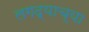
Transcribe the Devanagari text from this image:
लगद्याच्या